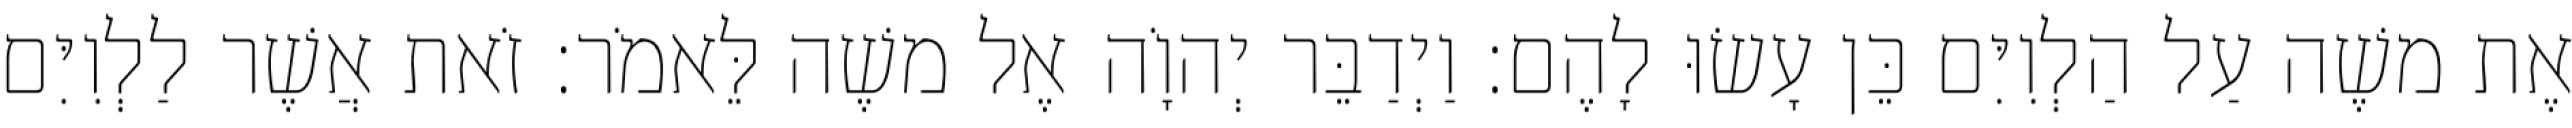
אֶת משֶׁה עַל הַלְוִיִּם כֵּן עָשׂוּ לָהֶם׃ וַיְדַבֵּר יְהוָֹה אֶל משֶׁה לֵּאמֹר׃ זֹאת אֲשֶׁר לַלְוִיִּם